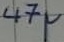
Text: 47µ